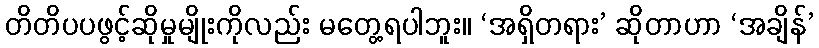
တိတိပပဖွင့်ဆိုမှုမျိုးကိုလည်း မတွေ့ရပါဘူး။ ‘အရှိတရား’ ဆိုတာဟာ ‘အချိန်’